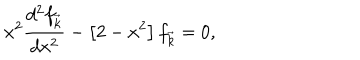
LaTeX: x ^ { 2 } \frac { d ^ { 2 } f _ { \vec { k } } } { d x ^ { 2 } } - \left[ 2 - x ^ { 2 } \right] f _ { \vec { k } } = 0 ,